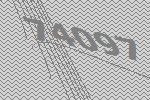
74097